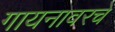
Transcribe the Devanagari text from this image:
गायनावरचे